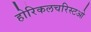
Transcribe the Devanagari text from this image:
होरिकलचरिस्टओ